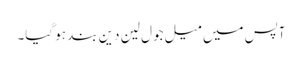
آپس میں میل جول لین دین بند ہو گیا۔